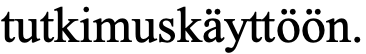
tutkimuskäyttöön.